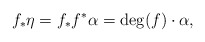
\begin{align*}f_\ast \eta = f_*f^* \alpha = \mathrm{deg}(f)\cdot \alpha,\end{align*}